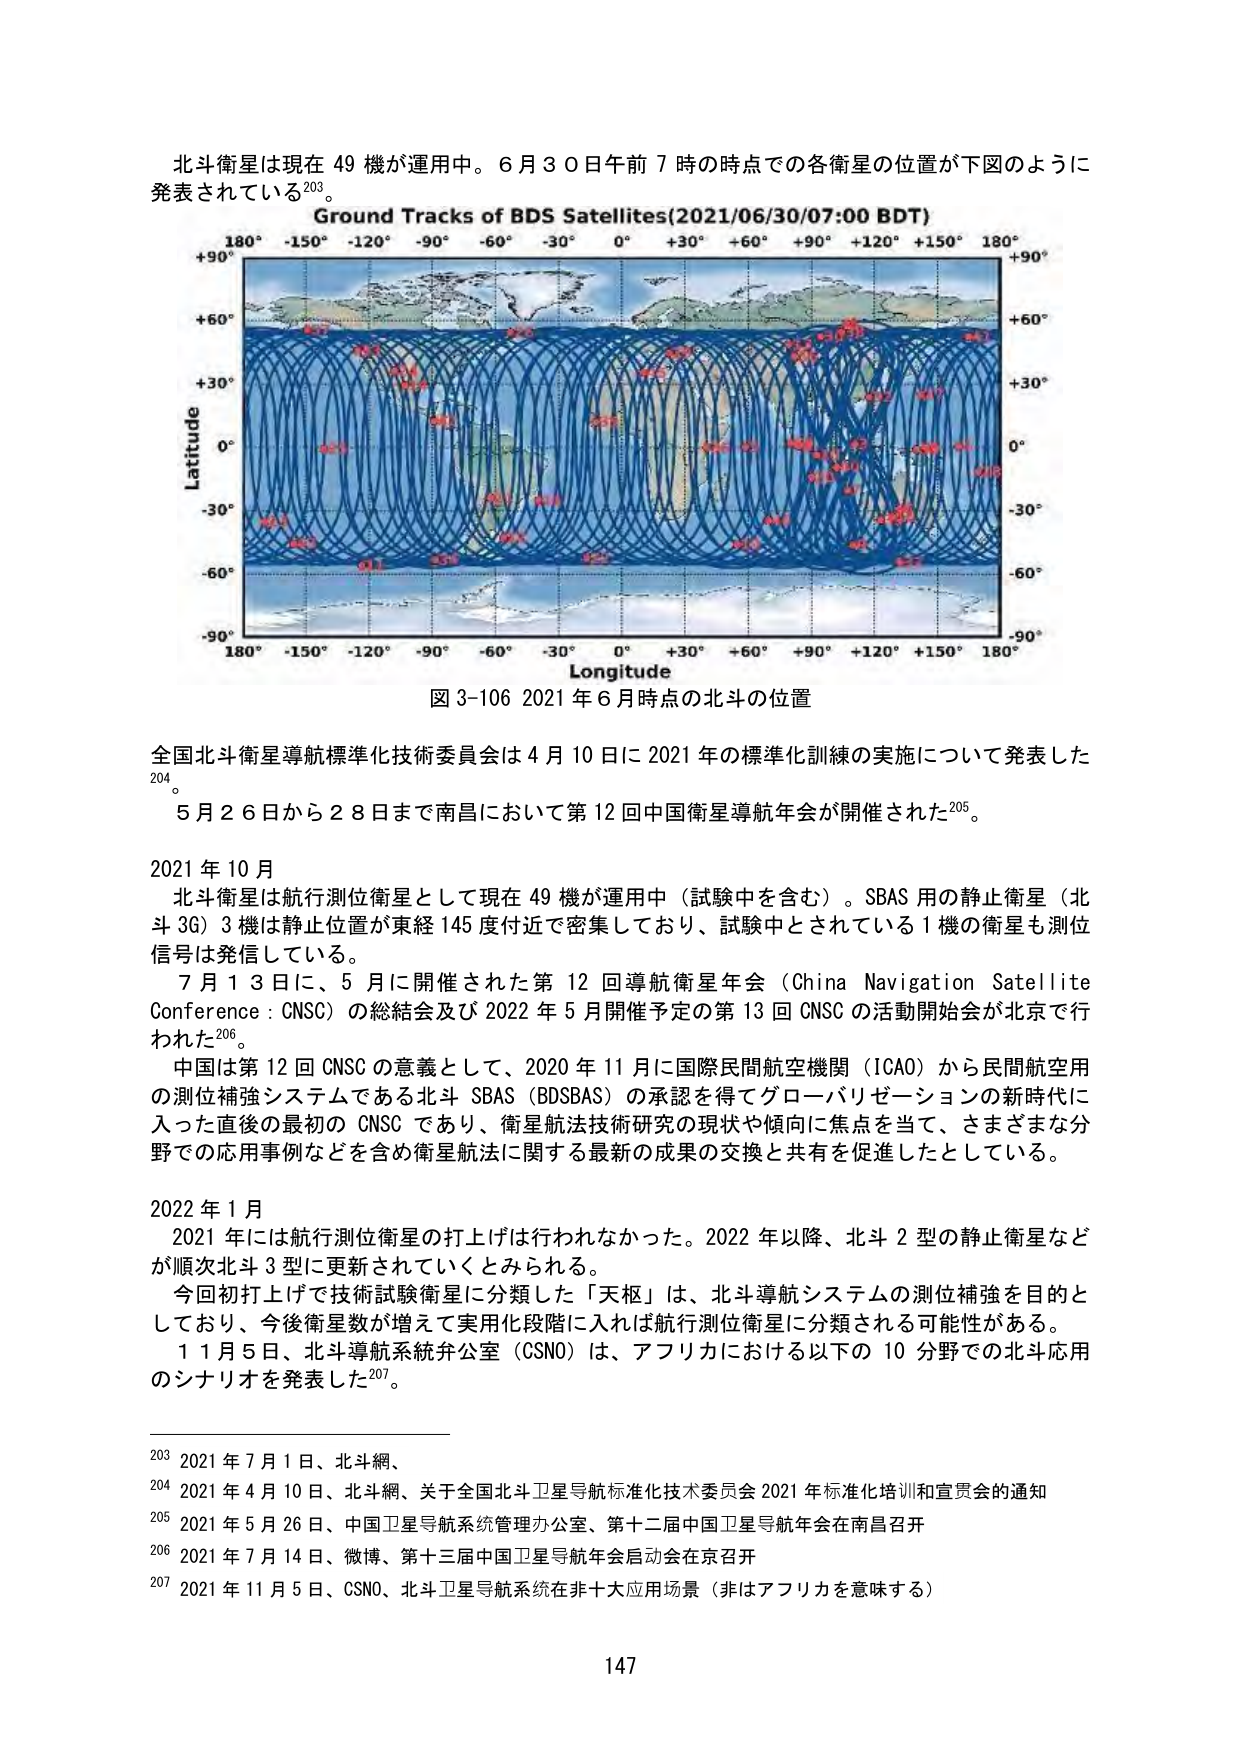
北斗衛星は現在 49 機が運用中。6 月 30 日午前 7 時の時点での各衛星の位置が下図のように発表されている203。

Ground Tracks of BDS Satellites(2021/06/30/07:00 BDT)
+90° +60° +30° 0° -30° -60° -90°
Latitude
Longitude
+90° +60° +30° 0° -30° -60° -90°
180° -150° -120° -90° -60° -30° 0° +30° +60° +90° +120° +150° 180°
180° -150° -120° -90° -60° -30° 0° +30° +60° +90° +120° +150° 180°

図 3-106 2021 年 6 月時点の北斗の位置

全国北斗衛星導航標準化技術委員会は 4 月 10 日に 2021 年の標準化訓練の実施について発表した204。

5 月 26 日から 28 日まで南昌において第 12 回中国衛星導航年会が開催された205。

2021 年 10 月
北斗衛星は航行測位衛星として現在 49 機が運用中（試験中を含む）。SBAS 用の静止衛星（北斗 3G）3 機は静止位置が東経 145 度付近で密集しており、試験中とされている 1 機の衛星も測位信号は発信している。

7 月 13 日に、5 月に開催された第 12 回導航衛星年会（China Navigation Satellite Conference : CNSC）の総結会及び 2022 年 5 月開催予定の第 13 回 CNSC の活動開始会が北京で行われた206。

中国は第 12 回 CNSC の意義として、2020 年 11 月に国際民間航空機関（ICAO）から民間航空用の測位補強システムである北斗 SBAS（BDSBAS）の承認を得てグローバリゼーションの新時代に入った直後の最初の CNSC であり、衛星航法技術研究の現状や傾向に焦点を当て、さまざまな分野での応用事例などを含め衛星航法に関する最新の成果の交換と共有を促進したとしている。

2022 年 1 月
2021 年には航行測位衛星の打上げは行われなかった。2022 年以降、北斗 2 型の静止衛星などが順次北斗 3 型に更新されていくとみられる。

今回初打上げで技術試験衛星に分類した「天枢」は、北斗導航システムの測位補強を目的としており、今後衛星数が増えて実用化段階に入れば航行測位衛星に分類される可能性がある。

11 月 5 日、北斗導航系統弁公室（CSNO）は、アフリカにおける以下の 10 分野での北斗応用のシナリオを発表した207。

203 2021 年 7 月 1 日、北斗網、
204 2021 年 4 月 10 日、北斗網、关于全国北斗卫星导航标准化技术委员会 2021 年标准化培训和宣贯会的通知
205 2021 年 5 月 26 日、中国卫星导航系统管理办公室、第十二届中国卫星导航年会在南昌召开
206 2021 年 7 月 14 日、微博、第十三届中国卫星导航年会启动会在京召开
207 2021 年 11 月 5 日、CSNO、北斗卫星导航系统在非十大应用场景（非はアフリカを意味する）

147